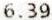
6.39